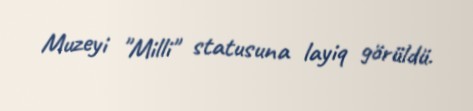
Muzeyi "Milli" statusuna layiq görüldü.